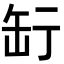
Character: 𦈥